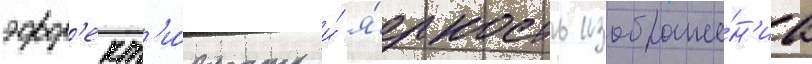
эфф'ект'и́вность и́ я́ркость изображе́н'иа